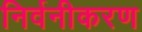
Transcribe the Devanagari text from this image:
निर्वनीकरण